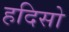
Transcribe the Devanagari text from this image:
हदिसो